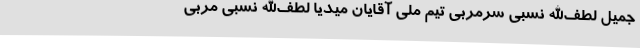
جمیل لطف‌الله نسبی سرمربی تیم ملی آقایان میدیا لطف‌الله نسبی مربی